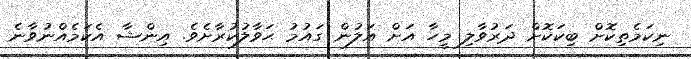
ނިކަމެތިކޮށް ބިކަކޮށް ދަރުވާލި މީހާ އަށް އަލުން ގައުމު ޙަވާލުކުރާށެވެ. އިންޝާ އެކަމެއްނުވާނެ